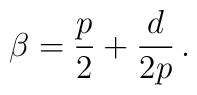
\beta =  {p \over 2} + {d \over {2p}} \, .